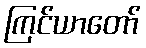
ကြင်ယာတော်